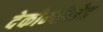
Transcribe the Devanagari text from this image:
देकोम्पोसेद